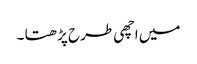
میں اچھی طرح پڑھتا ۔